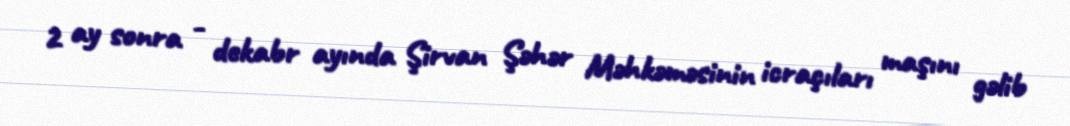
2 ay sonra - dekabr ayında Şirvan Şəhər Məhkəməsinin icraçıları maşını gəlib